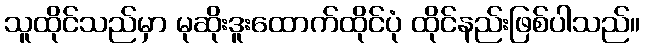
သူထိုင်သည်မှာ မုဆိုးဒူးထောက်ထိုင်ပုံ ထိုင်နည်းဖြစ်ပါသည်။